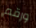
ورقم